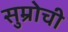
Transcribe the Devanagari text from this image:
सुम्रोची